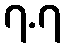
၇.၇